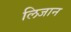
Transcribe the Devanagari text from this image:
लिजान